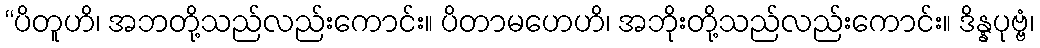
“ပိတူဟိ၊ အဘတို့သည်လည်းကောင်း။ ပိတာမဟေဟိ၊ အဘိုးတို့သည်လည်းကောင်း။ ဒိန္နပုဗ္ဗံ၊